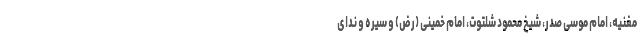
مغنیه، امام موسی صدر، شیخ محمود شلتوت، امام خمینی (رض) و سیره و ندای